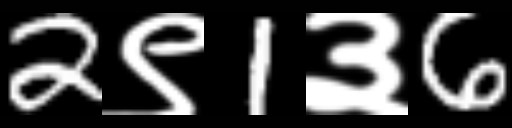
Text: 2९1३6